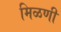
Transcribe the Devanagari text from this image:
मिळणी